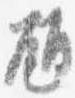
瓶